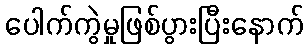
ပေါက်ကွဲမှုဖြစ်ပွားပြီးနောက်